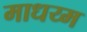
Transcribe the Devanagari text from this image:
माधय्म